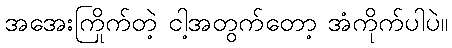
အအေးကြိုက်တဲ့ ငါ့အတွက်တော့ အံကိုက်ပါပဲ။